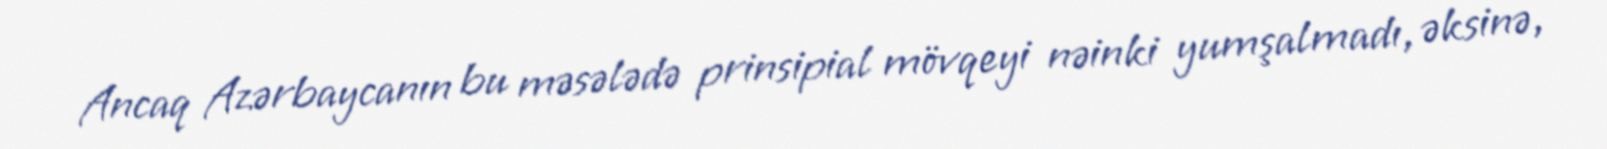
Ancaq Azərbaycanın bu məsələdə prinsipial mövqeyi nəinki yumşalmadı, əksinə,